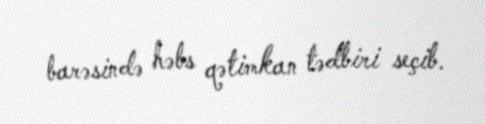
barəsində həbs qətimkan tədbiri seçib.